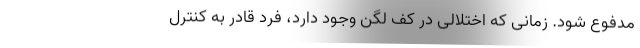
مدفوع شود. زمانی که اختلالی در کف لگن وجود دارد، فرد قادر به کنترل